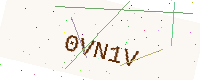
Text: 0VN1V